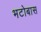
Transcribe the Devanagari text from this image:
भटोबास